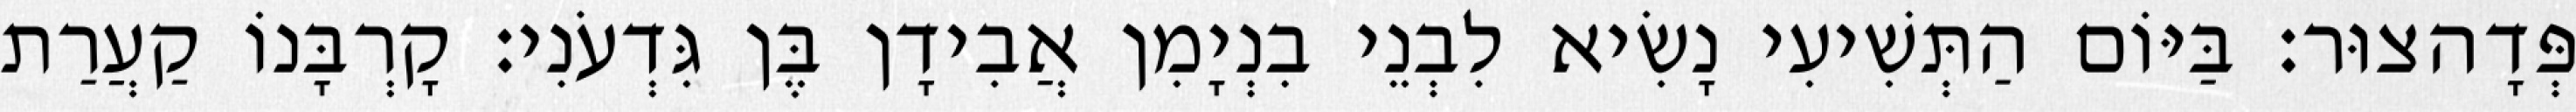
פְּדָהצוּר׃ בַּיּוֹם הַתְּשִׁיעִי נָשִׂיא לִבְנֵי בִנְיָמִן אֲבִידָן בֶּן גִּדְעֹנִי׃ קָרְבָּנוֹ קַעֲרַת